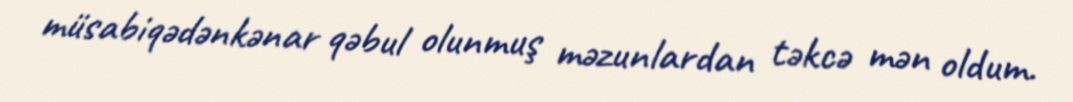
müsabiqədənkənar qəbul olunmuş məzunlardan təkcə mən oldum.